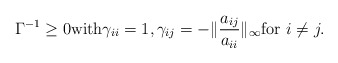
\begin{align*}\Gamma^{-1}\ge 0 {\rm with}\gamma_{ii}=1, \gamma_{ij}=-\|\frac{a_{ij}}{a_{ii}}\|_\infty{\rm for}\,\,i\not=j.\end{align*}